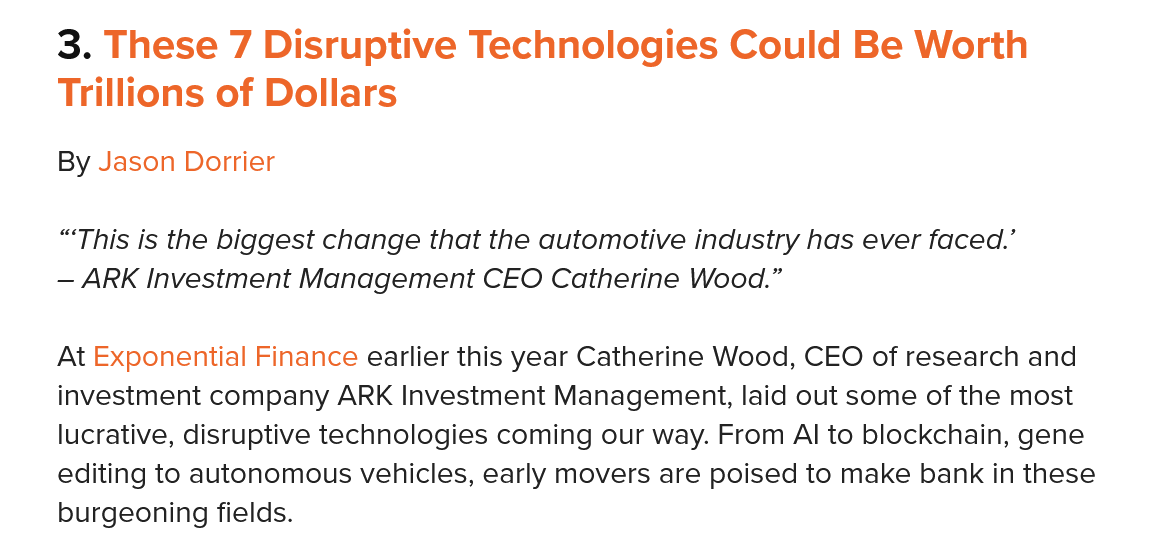
3. These    7 Disruptive    Technologies    Could   Be  Worth
    Trillions  of Dollars
    By Jason Dorrier
    At Exponential Finance earlier this year Catherine Wood, CEO of research and
    investment company ARK Investment Management, laid out some of the most
    lucrative, disruptive technologies coming our way. From Al to blockchain, gene
    editing to autonomous vehicles, early movers are poised to make bank in these
    burgeoning fields.
    “This is the biggest change that the automotive industry has ever faced.’
    —
     ARK Investment Management  CEO Catherine Wood.”